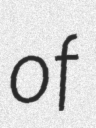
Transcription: of